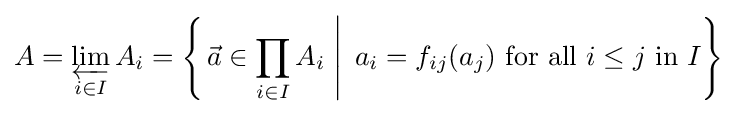
A=\varprojlim _{i\in I}{A_{i}}=\left\{\left.{\vec {a}}\in \prod _{i\in I}A_{i}\;\right|\;a_{i}=f_{ij}(a_{j}){\text{ for all }}i\leq j{\text{ in }}I\right\}